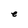
Character: e